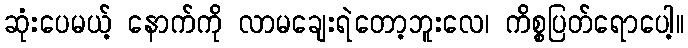
ဆုံးပေမယ့် နောက်ကို လာမချေးရဲတော့ဘူးလေ၊ ကိစ္စပြတ်ရောပေါ့။